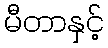
မီတာနှင့်